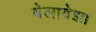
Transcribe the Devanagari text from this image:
बेलावेझा